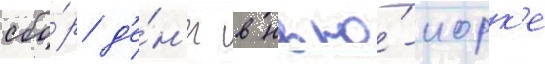
сбо́р д'е́н'ег в нью́-иорк'е